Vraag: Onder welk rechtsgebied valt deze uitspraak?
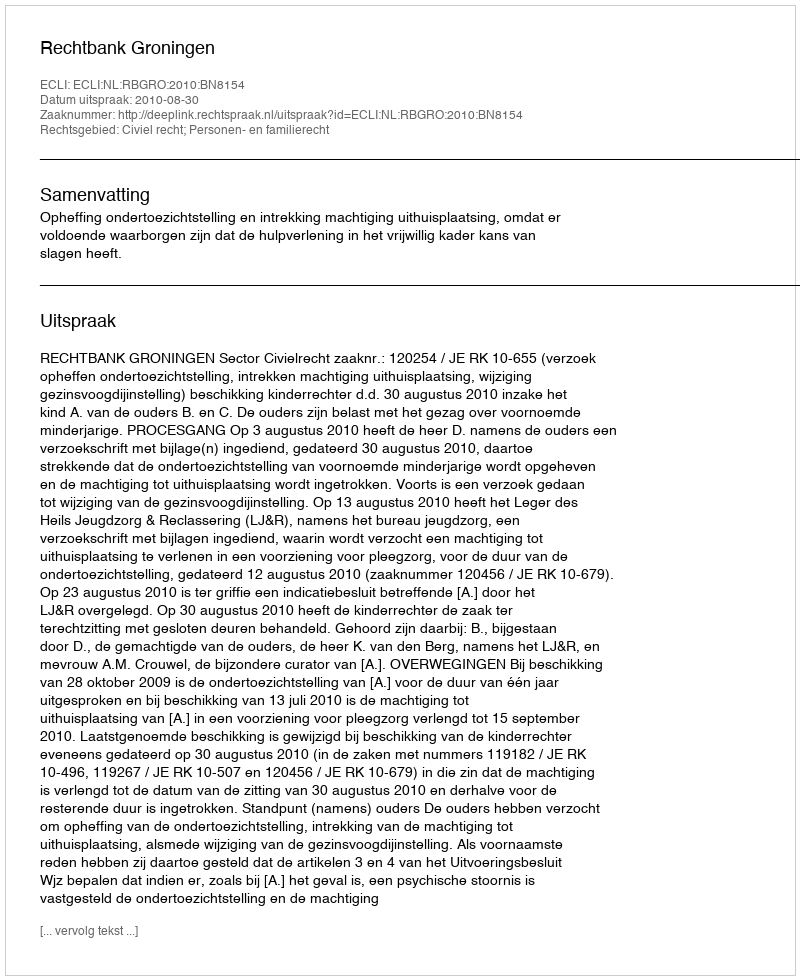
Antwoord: Civiel recht; Personen- en familierecht